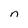
Character: n